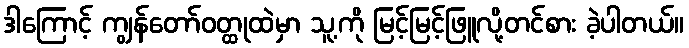
ဒါကြောင့် ကျွန်တော်ဝတ္ထုထဲမှာ သူ့ကို မြင့်မြင့်ဖြူလို့တင်စား ခဲ့ပါတယ်။